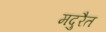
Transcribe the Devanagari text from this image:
मदुरैत